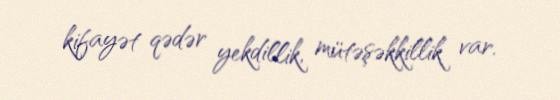
kifayət qədər yekdillik, mütəşəkkillik var.